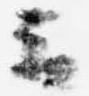
云